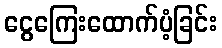
ငွေကြေးထောက်ပံ့ခြင်း